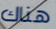
هناك